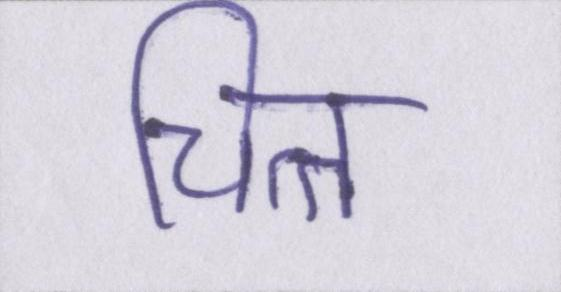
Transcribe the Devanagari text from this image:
चित्त